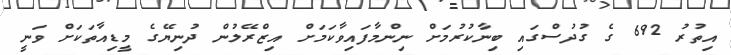
އިތުރު 692 ގެ ގުދުސްގައި ބިނާކުރުމަށް ނިންމާފައިވާކަމަށް އިޒްރޭލުން ދުނިޔޭގެ މީޑިއާތަކަށް ވަނީ